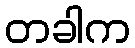
တခါက